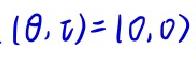
$(\theta, \tau)=(0,0)$